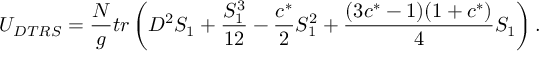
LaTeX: U _ { D T R S } = { \frac { N } { g } } t r \left( D ^ { 2 } S _ { 1 } + { \frac { S _ { 1 } ^ { 3 } } { 1 2 } } - { \frac { c ^ { * } } { 2 } } S _ { 1 } ^ { 2 } + { \frac { ( 3 c ^ { * } - 1 ) ( 1 + c ^ { * } ) } { 4 } } S _ { 1 } \right) .